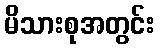
မိသားစုအတွင်း